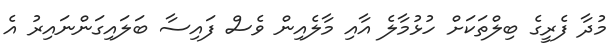
މުދާ ފެރީގެ ބިލްތަކަށް ހުޅުމާލެ އާއި މާލެއިން ވެސް ފައިސާ ބަލައިގަންނައިރު އެ